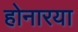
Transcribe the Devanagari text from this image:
होनारया